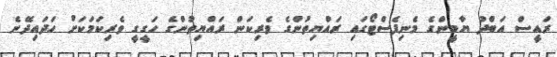
ރައީސް އަބްދު ޔާމީންގެ މެނިފެސްޓޯގައި ރައްޔިތުންގެ ވެރިކަން ރައްޔިތުންގެ ހަގީގީ ވެރިކަމަކަށް ހަދައިދޭނެ